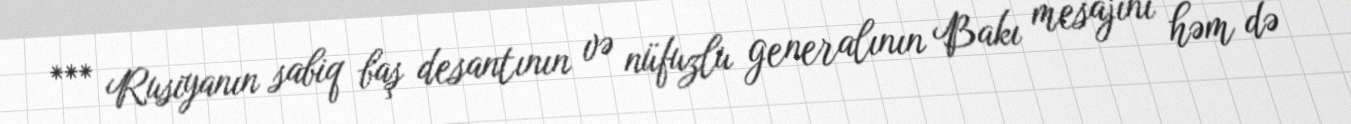
*** Rusiyanın sabiq baş desantının və nüfuzlu generalının Bakı mesajını həm də